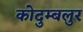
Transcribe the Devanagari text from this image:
कोदुम्बलुर